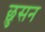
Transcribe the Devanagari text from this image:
छुसन